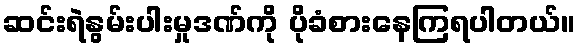
ဆင်းရဲနွမ်းပါးမှုဒဏ်ကို ပိုခံစားနေကြရပါတယ်။